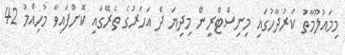
މިމައުލޫމާތު ކަރުދާހުގައި މިނިސްޓްރީން މިދިޔަ ދެ އަހަރުގެ ތެރޭގައި ކޮށްފައިވާ މުހިއްމު 42